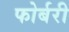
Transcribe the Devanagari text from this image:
फोर्बरी